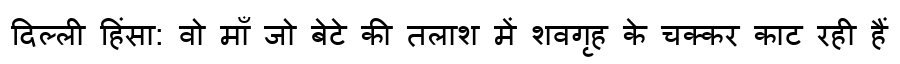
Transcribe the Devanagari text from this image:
दिल्ली हिंसा: वो माँ जो बेटे की तलाश में शवगृह के चक्कर काट रही हैं